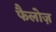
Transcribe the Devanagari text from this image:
फैलोज़